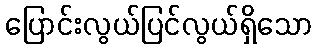
ပြောင်းလွယ်ပြင်လွယ်ရှိသော